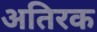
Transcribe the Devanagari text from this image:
अतिरक